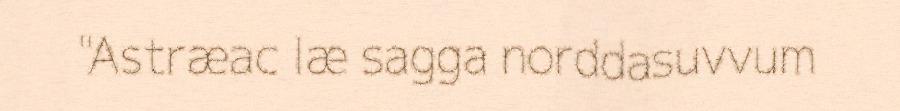
"Astræac læ sagga norddasuvvum